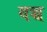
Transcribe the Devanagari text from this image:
यच्च